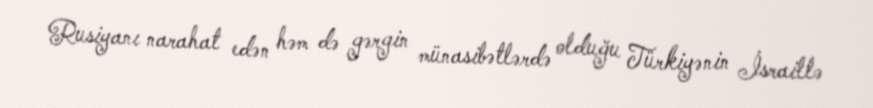
Rusiyanı narahat edən həm də gərgin münasibətlərdə olduğu Türkiyənin İsraillə